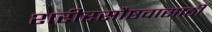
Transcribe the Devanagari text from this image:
शरीरसौष्ठवासाठी